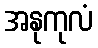
အနုကုလံ